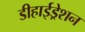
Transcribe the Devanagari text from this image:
डीहाईड्रेशन